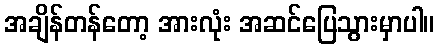
အချိန်တန်တော့ အားလုံး အဆင်ပြေသွားမှာပါ။